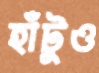
হাঁটুও